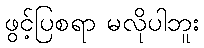
ဖွင့်ပြစရာ မလိုပါဘူး